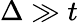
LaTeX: \Delta\gg t